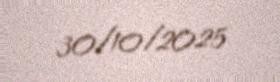
30/10/2025